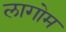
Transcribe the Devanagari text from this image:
लागोम